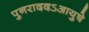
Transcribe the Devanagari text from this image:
पुनराददऽआयुषे